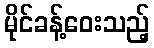
မိုင်ခန့်ဝေးသည့်